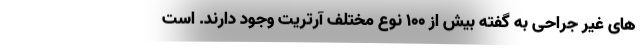
های غیر جراحی به گفته بیش از 100 نوع مختلف آرتریت وجود دارند. است